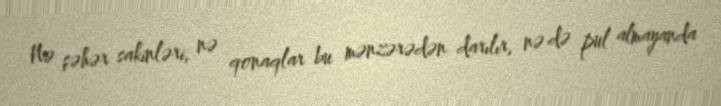
Nə şəhər sakinləri, nə qonaqlar bu mənzərədən darılır, nə də pul almayanda